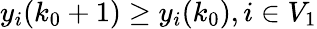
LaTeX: y_{i}(k_{0}+1)\geq y_{i}(k_{0}),i\in V_{1}